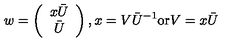
w = \left( \begin{array} { c } { x \bar { U } } \\ { \bar { U } } \\ \end{array} \right) , x = V \bar { U } ^ { - 1 } \mathrm { o r } V = x \bar { U }